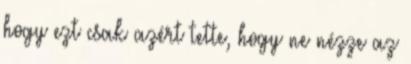
hogy ezt csak azért tette, hogy ne nézze az